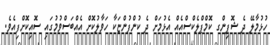
ހުޅުމާލޭ ދެ ޝޮޕިންގ ކޮމްޕްލެކްސްއެއް އެޅުމަށް ދެ ކުންފުންޏަކާ ހަވާލުކޮށް އެއްބަސްވުމުގައި ސޮއިކޮށްފިއެވެ.